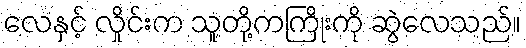
လေနှင့် လှိုင်းက သူတို့ကကြိုးကို ဆွဲလေသည်။